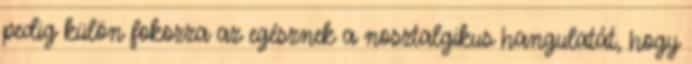
pedig külön fokozza az egésznek a nosztalgikus hangulatát, hogy